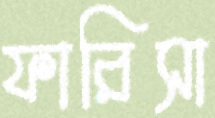
ফারিসা